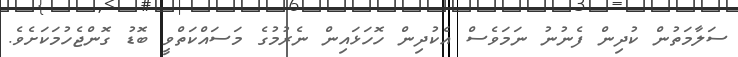
ސަލާމަތުން ކުދިން ފެނުނު ނަމަވެސް އެކުދިން ހޮހަޅައިން ނެރުމުގެ މަސައްކަތްވީ ބޮޑު ގޮންޖެހުމަކަށެވެ.